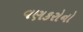
વણકરોનો